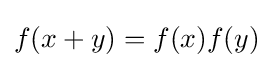
f(x+y)=f(x)f(y)